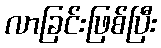
လာခြင်းဖြစ်ပြီး